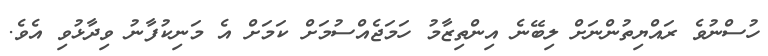
ހުސްނުވެ ރައްޔިތުންނަށް ލިބޭނެ އިންތިޒާމު ހަމަޖެއްސުމަށް ކަމަށް އެ މަނިކުފާނު ވިދާޅުވި އެވެ.